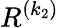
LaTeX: {R}^{(k_{2})}